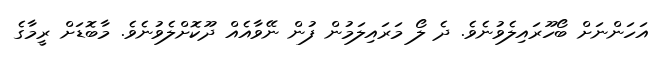
އަހަންނަށް ބޯހޫރައިލެވުނެވެ. ދެ ލޯ މަރައިލަމުން ފުން ނޭވާއެއް ދޫކޮށްލެވުނެވެ. މާބޮޑަށް ރީމާގެ